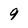
Character: 9